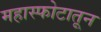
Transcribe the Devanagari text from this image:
महास्फोटातून